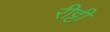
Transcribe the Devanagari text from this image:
रीट्टी